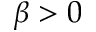
\beta > 0